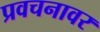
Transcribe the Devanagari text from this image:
प्रवचनावर